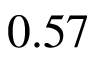
0 . 5 7